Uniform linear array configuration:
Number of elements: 16
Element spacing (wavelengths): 1
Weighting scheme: blackman
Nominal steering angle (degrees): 15
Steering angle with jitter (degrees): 15.533
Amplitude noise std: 0.05
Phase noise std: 0.05

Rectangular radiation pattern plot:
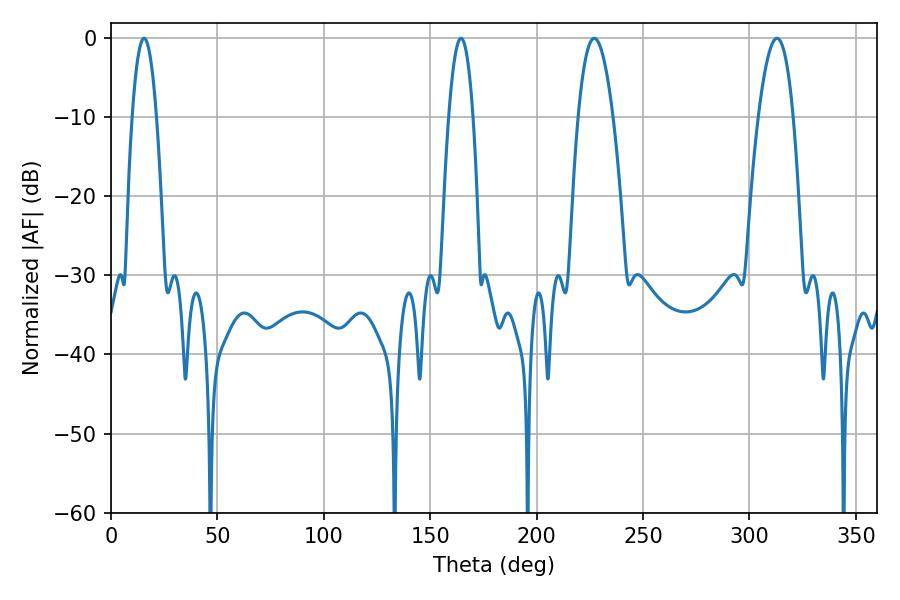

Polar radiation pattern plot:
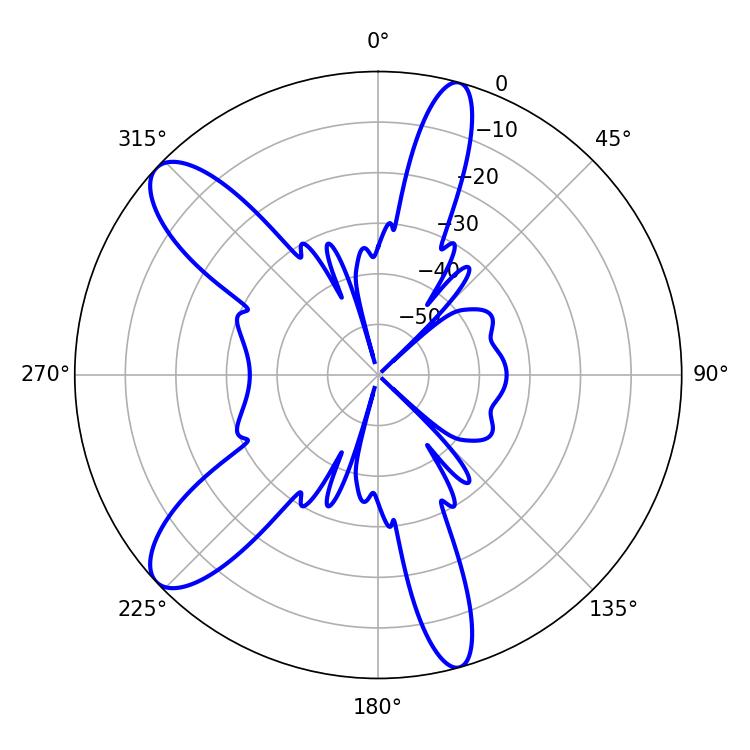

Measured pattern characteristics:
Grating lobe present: TRUE
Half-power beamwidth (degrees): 6.3
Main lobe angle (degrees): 15.48